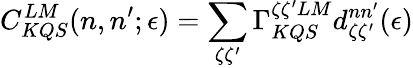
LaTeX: C_{KQS}^{LM}(n,n^{\prime};\epsilon)=\sum_{\zeta\zeta^{\prime}}\Gamma_{KQS}^{\zeta\zeta^{\prime}LM}d_{\zeta\zeta^{\prime}}^{nn^{\prime}}(\epsilon)